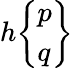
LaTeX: h{\left\{ \begin{array}{l}{p}\\ {q}\end{array}\right\} }